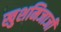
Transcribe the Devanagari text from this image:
खुशमिजाजी